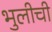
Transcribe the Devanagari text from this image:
भुलीची